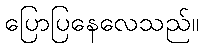
ပြောပြနေလေသည်။